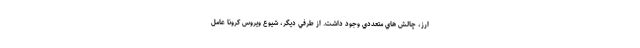
ارز، چالش هاي متعددي وجود داشت. از طرفي دیگر، شيوع ويروس كرونا عامل